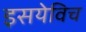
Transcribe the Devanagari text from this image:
इसयेविच